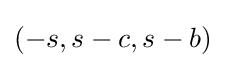
(-s,s-c,s-b)